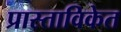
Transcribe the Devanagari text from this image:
प्रास्ताविकेत